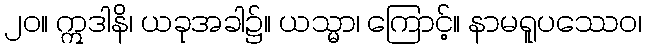
၂၀။ ဣဒါနိ၊ ယခုအခါ၌။ ယသ္မာ၊ ကြောင့်။ နာမရူပဿေဝ၊